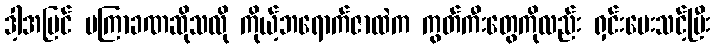
ဒါ့အပြင် မကြာခဏဆိုသလို ကိုယ့်ဘရောက်ဇာထဲက ကွတ်ကီးတွေကိုလည်း ရှင်းပေးသင့်ပြီး